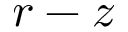
r - z